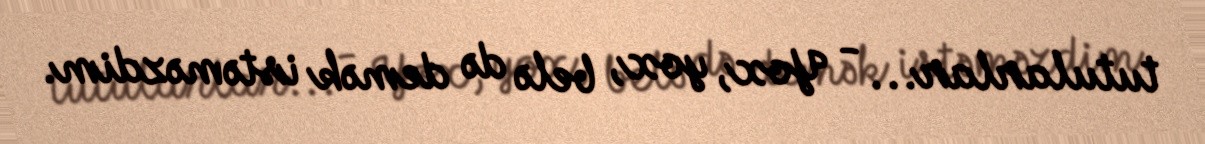
tutularlar... - Yox, yox, belə də demək istəməzdim.